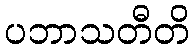
ပဘာသတီတိ